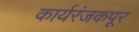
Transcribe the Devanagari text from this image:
कार्यरंजकपूर